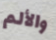
والألم